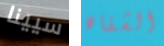
سيينا الشفاه